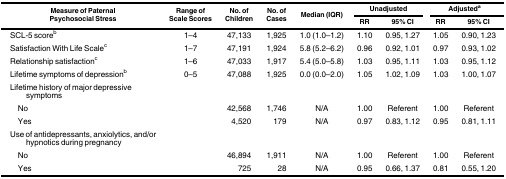
| <ROWSPAN=2> Measure of Paternal Psychosocial Stress | <ROWSPAN=2> Range of Scale Scores | <ROWSPAN=2> No. of Children | <ROWSPAN=2> No. of Cases | <ROWSPAN=2> Median (IQR) | <COLSPAN=2> Unadjusted | <COLSPAN=2> Adjusteda |
 | RR | 95% CI | RR | 95% CI |
 | --- | --- | --- | --- | --- | --- | --- | --- | --- |
 | SCL-5 scoreb | 1–4 | 47,133 | 1,925 | 1.0 (1.0–1.2) | 1.10 | 0.95, 1.27 | 1.05 | 0.90, 1.23 |
 | Satisfaction With Life Scalec | 1–7 | 47,191 | 1,924 | 5.8 (5.2–6.2) | 0.96 | 0.92, 1.01 | 0.97 | 0.93, 1.02 |
 | Relationship satisfactionc | 1–6 | 47,033 | 1,917 | 5.4 (5.0–5.8) | 1.03 | 0.95, 1.11 | 1.03 | 0.95, 1.12 |
 | Lifetime symptoms of depressionb | 0–5 | 47,088 | 1,925 | 0.0 (0.0–2.0) | 1.05 | 1.02, 1.09 | 1.03 | 1.00, 1.07 |
 | Lifetime history of major depressive symptoms | <COLSPAN=8>  |
 | No |  | 42,568 | 1,746 | N/A | 1.00 | Referent | 1.00 | Referent |
 | Yes |  | 4,520 | 179 | N/A | 0.97 | 0.83, 1.12 | 0.95 | 0.81, 1.11 |
 | Use of antidepressants, anxiolytics, and/or hypnotics during pregnancy | <COLSPAN=8>  |
 | No |  | 46,894 | 1,911 | N/A | 1.00 | Referent | 1.00 | Referent |
 | Yes |  | 725 | 28 | N/A | 0.95 | 0.66, 1.37 | 0.81 | 0.55, 1.20 |